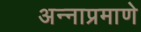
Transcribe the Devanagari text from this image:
अन्नाप्रमाणे